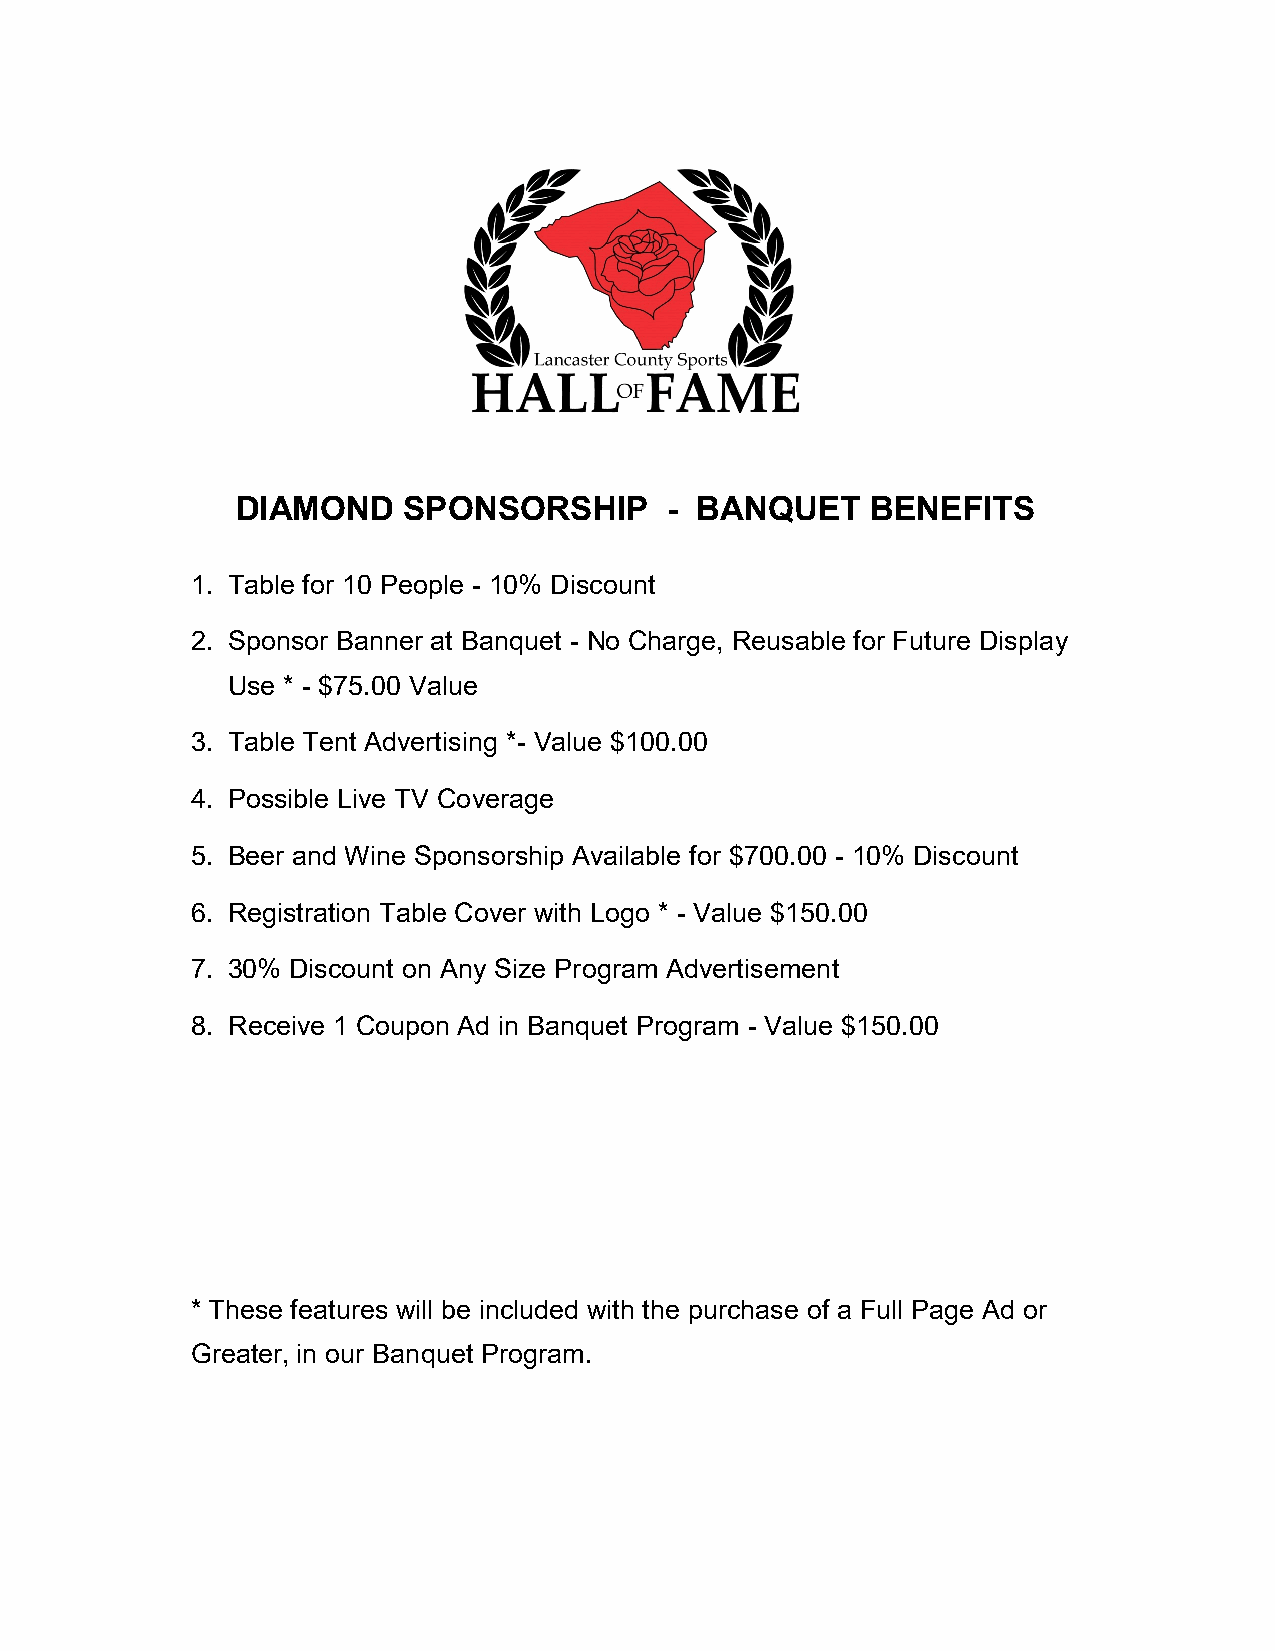
DIAMOND    SPONSORSHIP      - BANQUET     BENEFITS
 1. Table for 10 People - 10% Discount
 2. Sponsor Banner at Banquet - No Charge, Reusable for Future Display
 Use * - $75.00 Value
 3. Table Tent Advertising *- Value $100.00
 4. Possible Live TV Coverage
 5. Beer and Wine Sponsorship Available for $700.00 - 10% Discount
 6. Registration Table Cover with Logo * - Value $150.00
 7. 30% Discount on Any Size Program Advertisement
 8. Receive 1 Coupon Ad in Banquet Program - Value $150.00
 * These features will be included with the purchase of a Full Page Ad or
 Greater, in our Banquet Program.